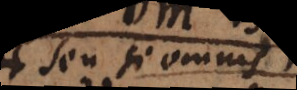
Seu si omnis